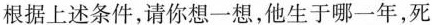
根据上述条件，请你想一想，他生于哪一年，死